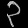
Digit: ၃